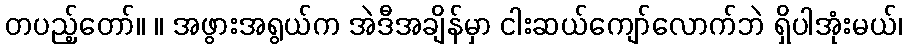
တပည့်တော်။ ။ အဖွားအရွယ်က အဲဒီအချိန်မှာ ငါးဆယ်ကျော်လောက်ဘဲ ရှိပါအုံးမယ်၊